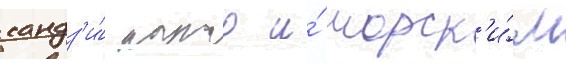
кандз'и́ като и́ морск'и́м